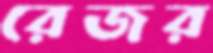
রেজর